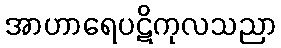
အာဟာရေပဋိကုလသညာ